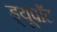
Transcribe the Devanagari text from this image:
ड्यूपाँट